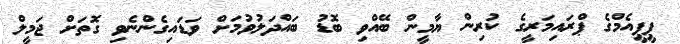
ޕީޕީއެމްގެ ޕްރައިމަރީގެ ކުރިން ޔާމީން ބޭއްވި ބޮޑު ބައްދަލުވުމަށް ވަޑައިގެންނެވި ގޮތަށް ޖަމީލް